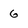
Character: 6